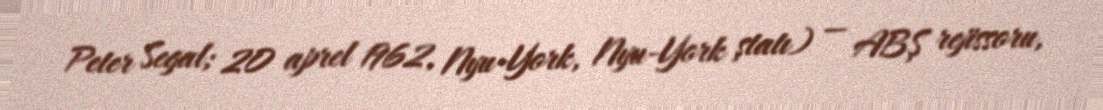
Peter Segal; 20 aprel 1962, Nyu-York, Nyu-York ştatı) — ABŞ rejissoru,